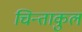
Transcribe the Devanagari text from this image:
चिन्ताकुल